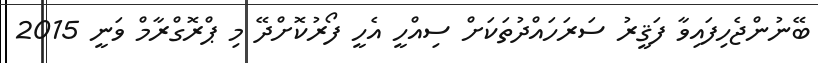
ބޭނުންޖެހިފައިވާ ފަޤީރު ސަރަހައްދުތަކަށް ސިއްހީ އެހީ ފޯރުކޮށްދޭ މި ޕްރޮގްރާމް ވަނީ 2015